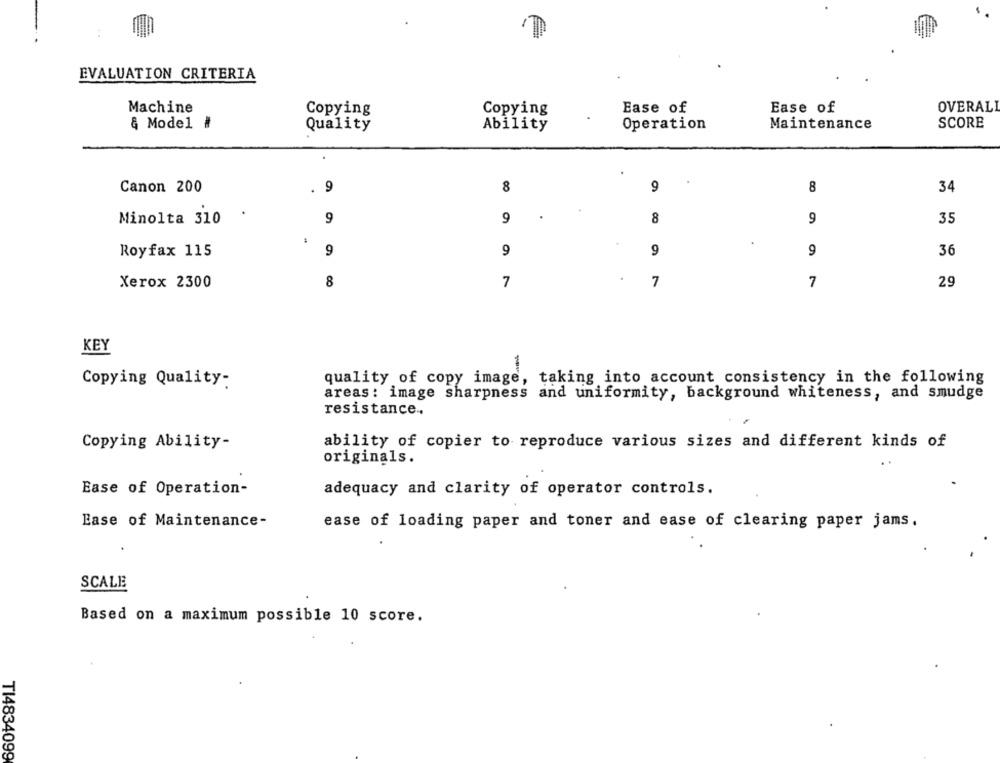
:
EVALUATION CRITERIA
OVERALL
Machine
Copying
Copying
Ease of
Ease of
& Model #
Quality
Ability
Operation
Maintenance
SCORE
Canon 200
. 9
8
9
8
34
.
Minolta 310
9
9
8
9
35
9
9
9
9
36
Royfax 115
8
7
7
7
Xerox 2300
29
KEY
quality of copy image, taking into account consistency in the following
Copying Quality:
areas: image sharpness and uniformity, background whiteness, and smudge
resistance .,
Copying Ability-
ability of copier to reproduce various sizes and different kinds of
originals.
Ease of Operation-
adequacy and clarity of operator controls.
Ease of Maintenance-
ease of loading paper and toner and ease of clearing paper jams.
SCALE
Based on a maximum possible 10 score.
TI4834099